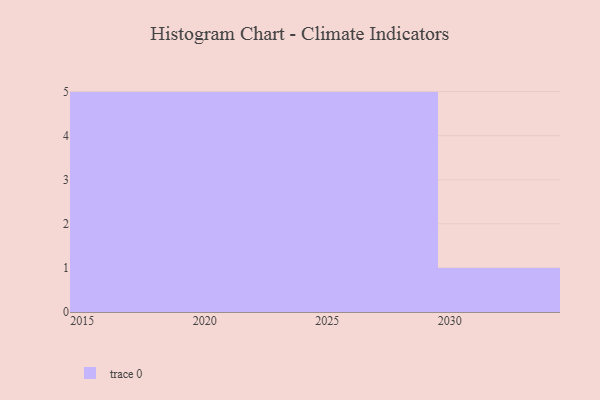
{"axis": {"x": "Year", "y": "Active Users"}, "legend": [""], "data": [{"x": "2028", "y": 46, "type": ""}, {"x": "2022", "y": 78, "type": ""}, {"x": "2015", "y": 92, "type": ""}, {"x": "2027", "y": 29, "type": ""}, {"x": "2016", "y": 22, "type": ""}, {"x": "2030", "y": 11, "type": ""}, {"x": "2019", "y": 39, "type": ""}, {"x": "2029", "y": 50, "type": ""}, {"x": "2020", "y": 33, "type": ""}, {"x": "2024", "y": 72, "type": ""}, {"x": "2018", "y": 64, "type": ""}, {"x": "2021", "y": 100, "type": ""}, {"x": "2017", "y": 19, "type": ""}, {"x": "2025", "y": 63, "type": ""}, {"x": "2023", "y": 97, "type": ""}, {"x": "2026", "y": 2, "type": ""}]}